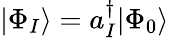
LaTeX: |\Phi_{I}\rangle=a_{I}^{\dagger}|\Phi_{0}\rangle